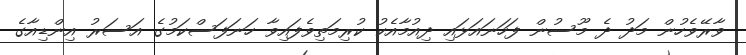
ވާރޭވެހުން މަދު ދެ މޫސުން ފަހަނައަޅައި ދިއުމާއެކު ކުރިމަތިވެފައިވާ ހަނަފަސްކަމުގެ އަސަރު އިންޑިއާގެ